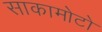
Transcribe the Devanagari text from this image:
साकामोटो